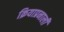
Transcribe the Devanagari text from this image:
क्रियाप्रनाली